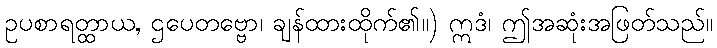
ဥပစာရတ္ထာယ, ဌပေတဗ္ဗော၊ ချန်ထားထိုက်၏။) ဣဒံ၊ ဤအဆုံးအဖြတ်သည်။